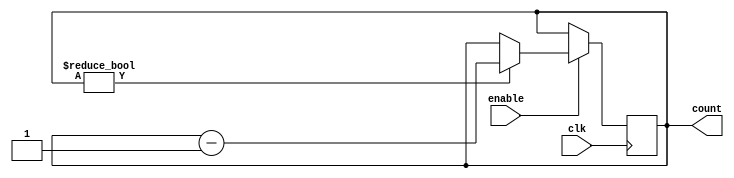
module binary_down_counter_en(
    input wire clk,
    input wire enable,
    output reg [3:0] count
);

always @(posedge clk) begin
    if(enable == 1'b1) begin
        if(count != 4'b0000) begin
            count <= count - 1;
        end
    end
end

endmodule